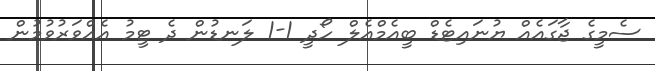
ސެމީގެ ޖާގައެއް ޔުނައިޓެޑް ބީއެމްއެލް ހޯދީ 1-1 ލަނޑުން ދެ ޓީމު އެއްވަރުވުމުން